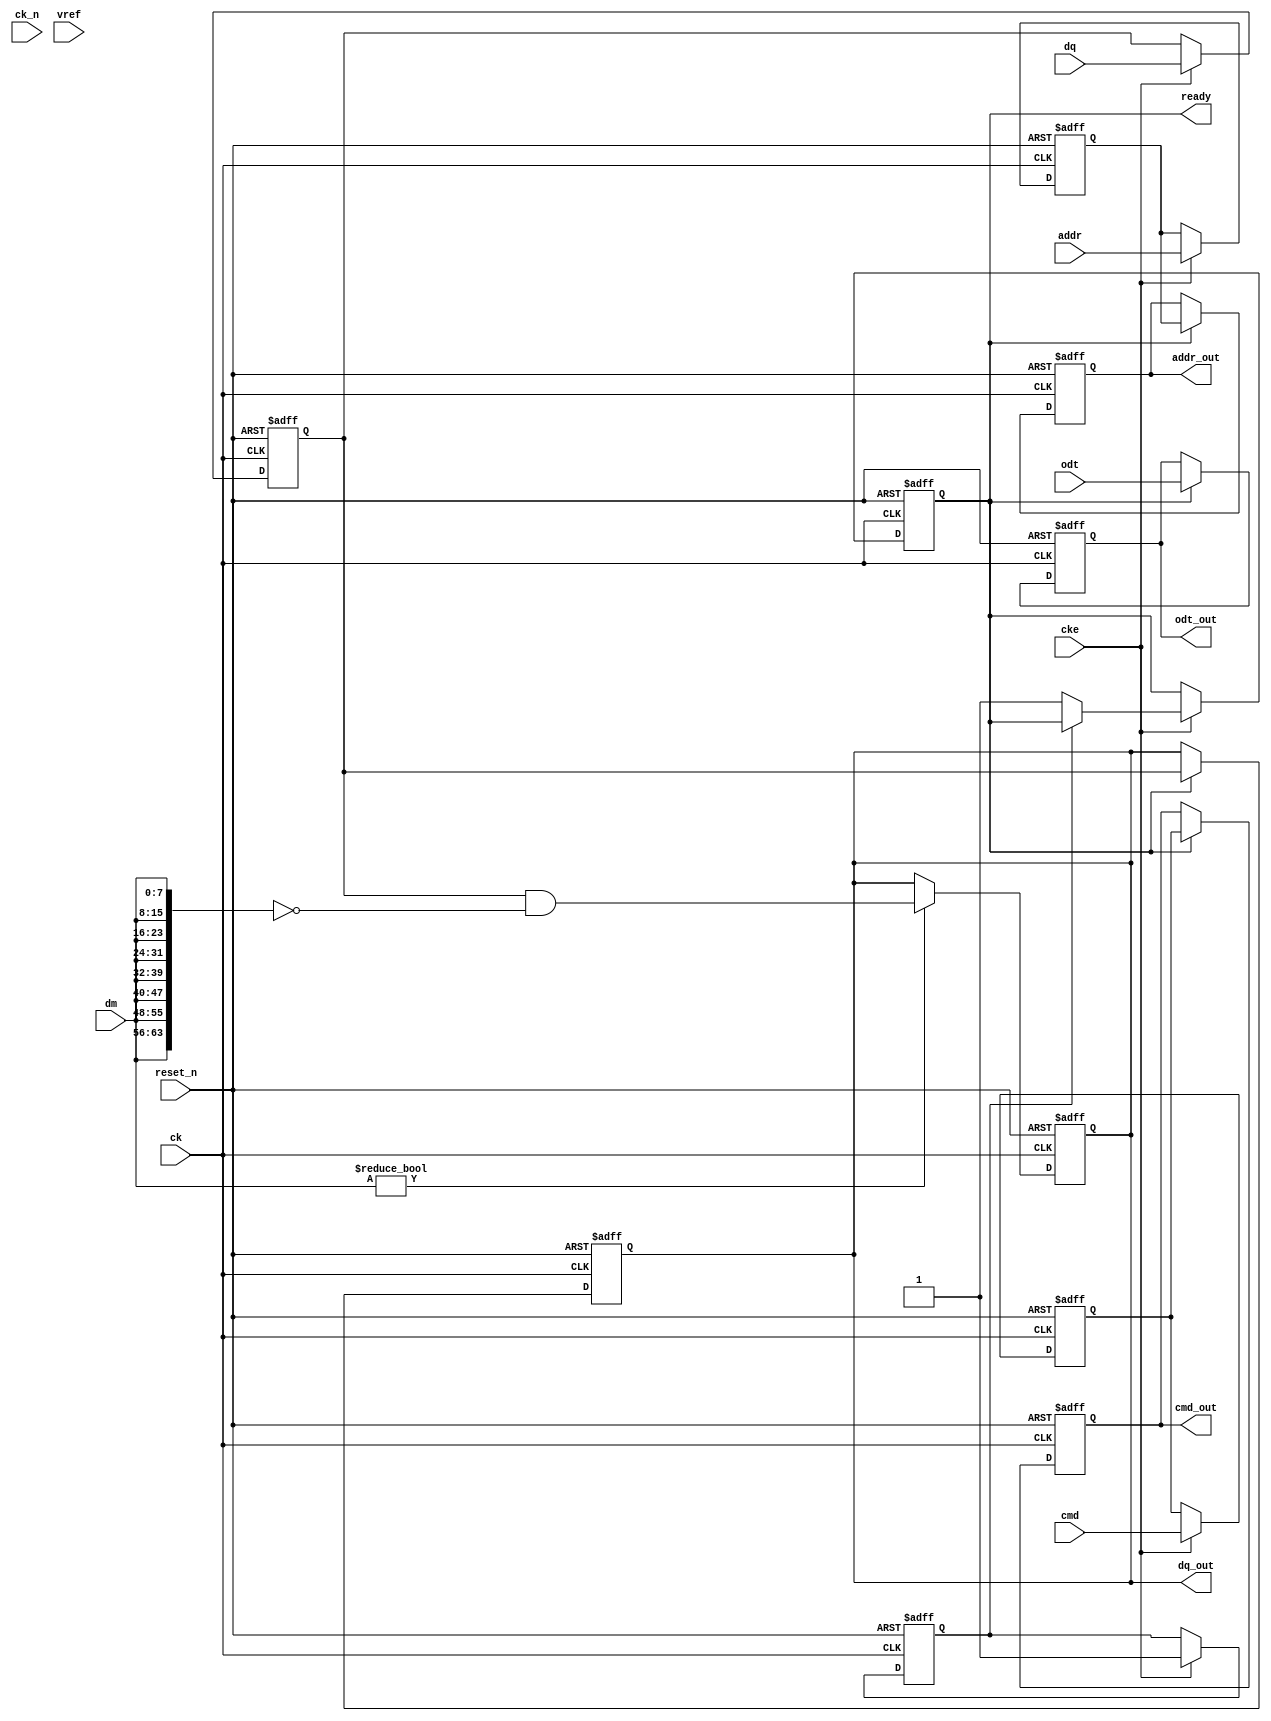
module ddr4_io_block (
    input wire [63:0] dq,           // Data I/O lines
    input wire [7:0] dm,            // Data Mask
    input wire [15:0] addr,         // Address lines
    input wire [2:0] cmd,           // Command lines
    input wire ck,                  // Clock
    input wire ck_n,                // Inverted Clock
    input wire cke,                 // Clock Enable
    input wire odt,                 // On-die Termination
    input wire vref,                // Reference Voltage
    input wire reset_n,             // Active low reset
    output reg [63:0] dq_out,       // Data output
    output reg [15:0] addr_out,     // Address output
    output reg [2:0] cmd_out,       // Command output
    output reg odt_out,             // ODT output
    output reg ready                // Ready signal
);

    // Internal signals
    reg [63:0] dq_reg;              // Register for data I/O
    reg [15:0] addr_reg;            // Register for address
    reg [2:0] cmd_reg;              // Register for command
    reg cke_reg;                    // Register for clock enable
    reg odt_reg;                    // Register for ODT
    reg initialized;                // Initialization state

    // Initialization sequence
    initial begin
        initialized = 0;
        ready = 0;
        dq_out = 0;
        addr_out = 0;
        cmd_out = 0;
        odt_out = 0;
    end

    // Clock management
    always @(posedge ck or negedge reset_n) begin
        if (!reset_n) begin
            initialized <= 0;
            ready <= 0;
        end else if (cke) begin
            // Perform initialization sequence
            if (!initialized) begin
                // Initialization logic here
                initialized <= 1;
                ready <= 1; // Indicate ready after initialization
            end
        end
    end

    // Data I/O Buffer
    always @(posedge ck or negedge reset_n) begin
        if (!reset_n) begin
            dq_reg <= 0;
        end else if (cke) begin
            dq_reg <= dq; // Capture data on rising edge
        end
    end

    // Command and Address Buffer
    always @(posedge ck or negedge reset_n) begin
        if (!reset_n) begin
            addr_reg <= 0;
            cmd_reg <= 0;
        end else if (cke) begin
            addr_reg <= addr; // Capture address
            cmd_reg <= cmd;   // Capture command
        end
    end

    // Output assignments
    always @(posedge ck or negedge reset_n) begin
        if (!reset_n) begin
            dq_out <= 0;
            addr_out <= 0;
            cmd_out <= 0;
            odt_out <= 0;
        end else if (ready) begin
            dq_out <= dq_reg; // Output data
            addr_out <= addr_reg; // Output address
            cmd_out <= cmd_reg; // Output command
            odt_out <= odt; // Output ODT
        end
    end

    // Data Masking Logic
    always @(posedge ck or negedge reset_n) begin
        if (!reset_n) begin
            dq_out <= 0;
        end else if (dm) begin
            // Masking logic: if DM is high, do not output corresponding DQ bits
            dq_out <= dq_reg & ~{8{dm}}; // Example for 8-bit masking
        end
    end

endmodule